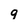
Character: g